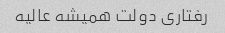
رفتاری دولت همیشه عالیه